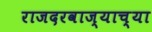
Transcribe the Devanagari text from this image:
राजदरवाज्याच्या